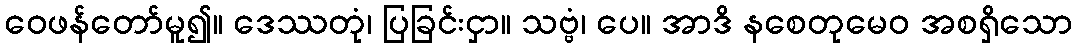
ဝေဖန်တော်မူ၍။ ဒေဿတုံ၊ ပြခြင်းငှာ။ သဗ္ဗံ၊ ပေ။ အာဒိ နစေတုမေဝ အစရှိသော